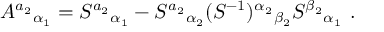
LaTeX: A ^ { a _ { 2 } } { } _ { \alpha _ { 1 } } = S ^ { a _ { 2 } } { } _ { \alpha _ { 1 } } - S ^ { a _ { 2 } } { } _ { \alpha _ { 2 } } ( S ^ { - 1 } ) ^ { \alpha _ { 2 } } { } _ { \beta _ { 2 } } S ^ { \beta _ { 2 } } { } _ { \alpha _ { 1 } } \ .